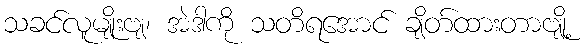
သခင်လူမျိုးဗျ၊ အဲဒါကို သတိရအောင် ချိတ်ထားတာဗျို့